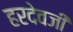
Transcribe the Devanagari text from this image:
हरदेवजी